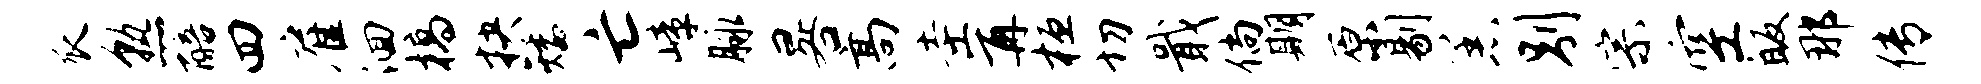
瓜熟醅四雇洄槁抉矮亡嶂脉晷高圭再桓切戢倘期原剔恙别宗空皈那传